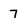
Character: 7